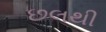
છલથી